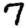
Digit: 7